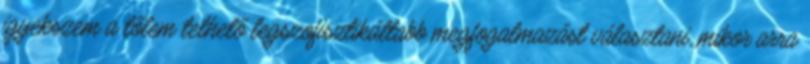
igyekszem a tőlem telhető legszofisztikáltabb megfogalmazást választani, mikor arra